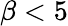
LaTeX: \beta<5